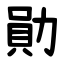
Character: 勛